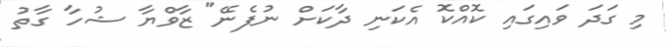
މި ގަދަ ވައިގައި ކޮއްކޮ އެކަނި ދާކަށް ނުފެނޭ" ޒާވްޔާ ޝުހާ ގާތު